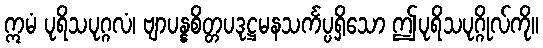
ဣမံ ပုရိသပုဂ္ဂလံ၊ ဗျာပန္နစိတ္တပဒုဋ္ဌမနသင်္ကပ္ပရှိသော ဤပုရိသပုဂ္ဂိုလ်ကို။